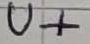
Text: U+